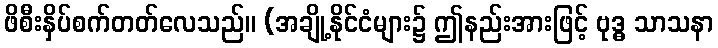
ဖိစီးနှိပ်စက်တတ်လေသည်။ (အချို့နိုင်ငံများ၌ ဤနည်းအားဖြင့် ဗုဒ္ဓ သာသနာ